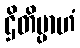
ဌိတိမ္ပာဟံ